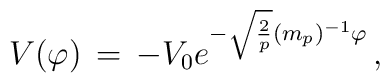
V(\varphi) \, = \, - V_0 e^{- \sqrt{2 \over p}(m_p)^{-1} \varphi} \, ,